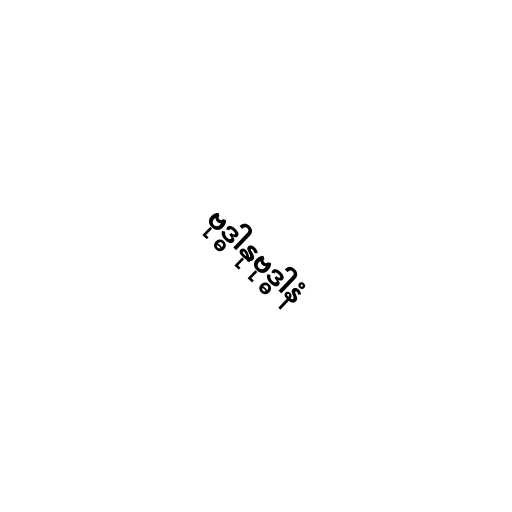
ဗုဒ္ဓါနုဗုဒ္ဓါနံ